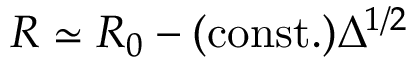
R \simeq R _ { 0 } - \mathrm { ( c o n s t . ) } \Delta ^ { 1 / 2 }